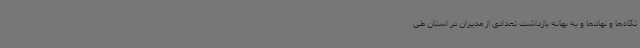
تگاه‌ها و نهادها و به بهانه بازداشت تعدادی از مدیران در استان طی